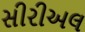
સીરીઅલ